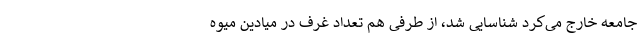
جامعه خارج می‌کرد شناسایی شد، از طرفی هم تعداد غرف در میادین میوه